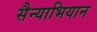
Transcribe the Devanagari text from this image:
सैन्याभियान